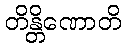
တိန္တိဏောတိ